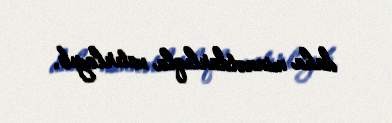
daha minnətdarlıqla xatırlayıb.